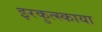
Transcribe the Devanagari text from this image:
इरकुत्स्काया